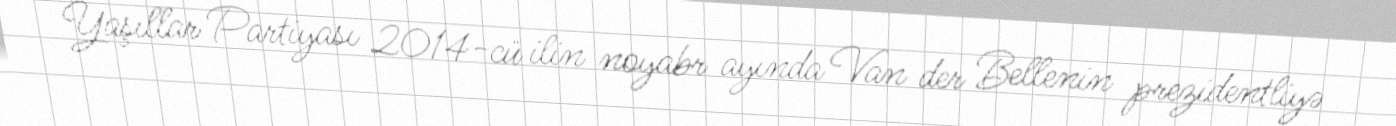
Yaşıllar Partiyası 2014-cü ilin noyabr ayında Van der Bellenin prezidentliyə